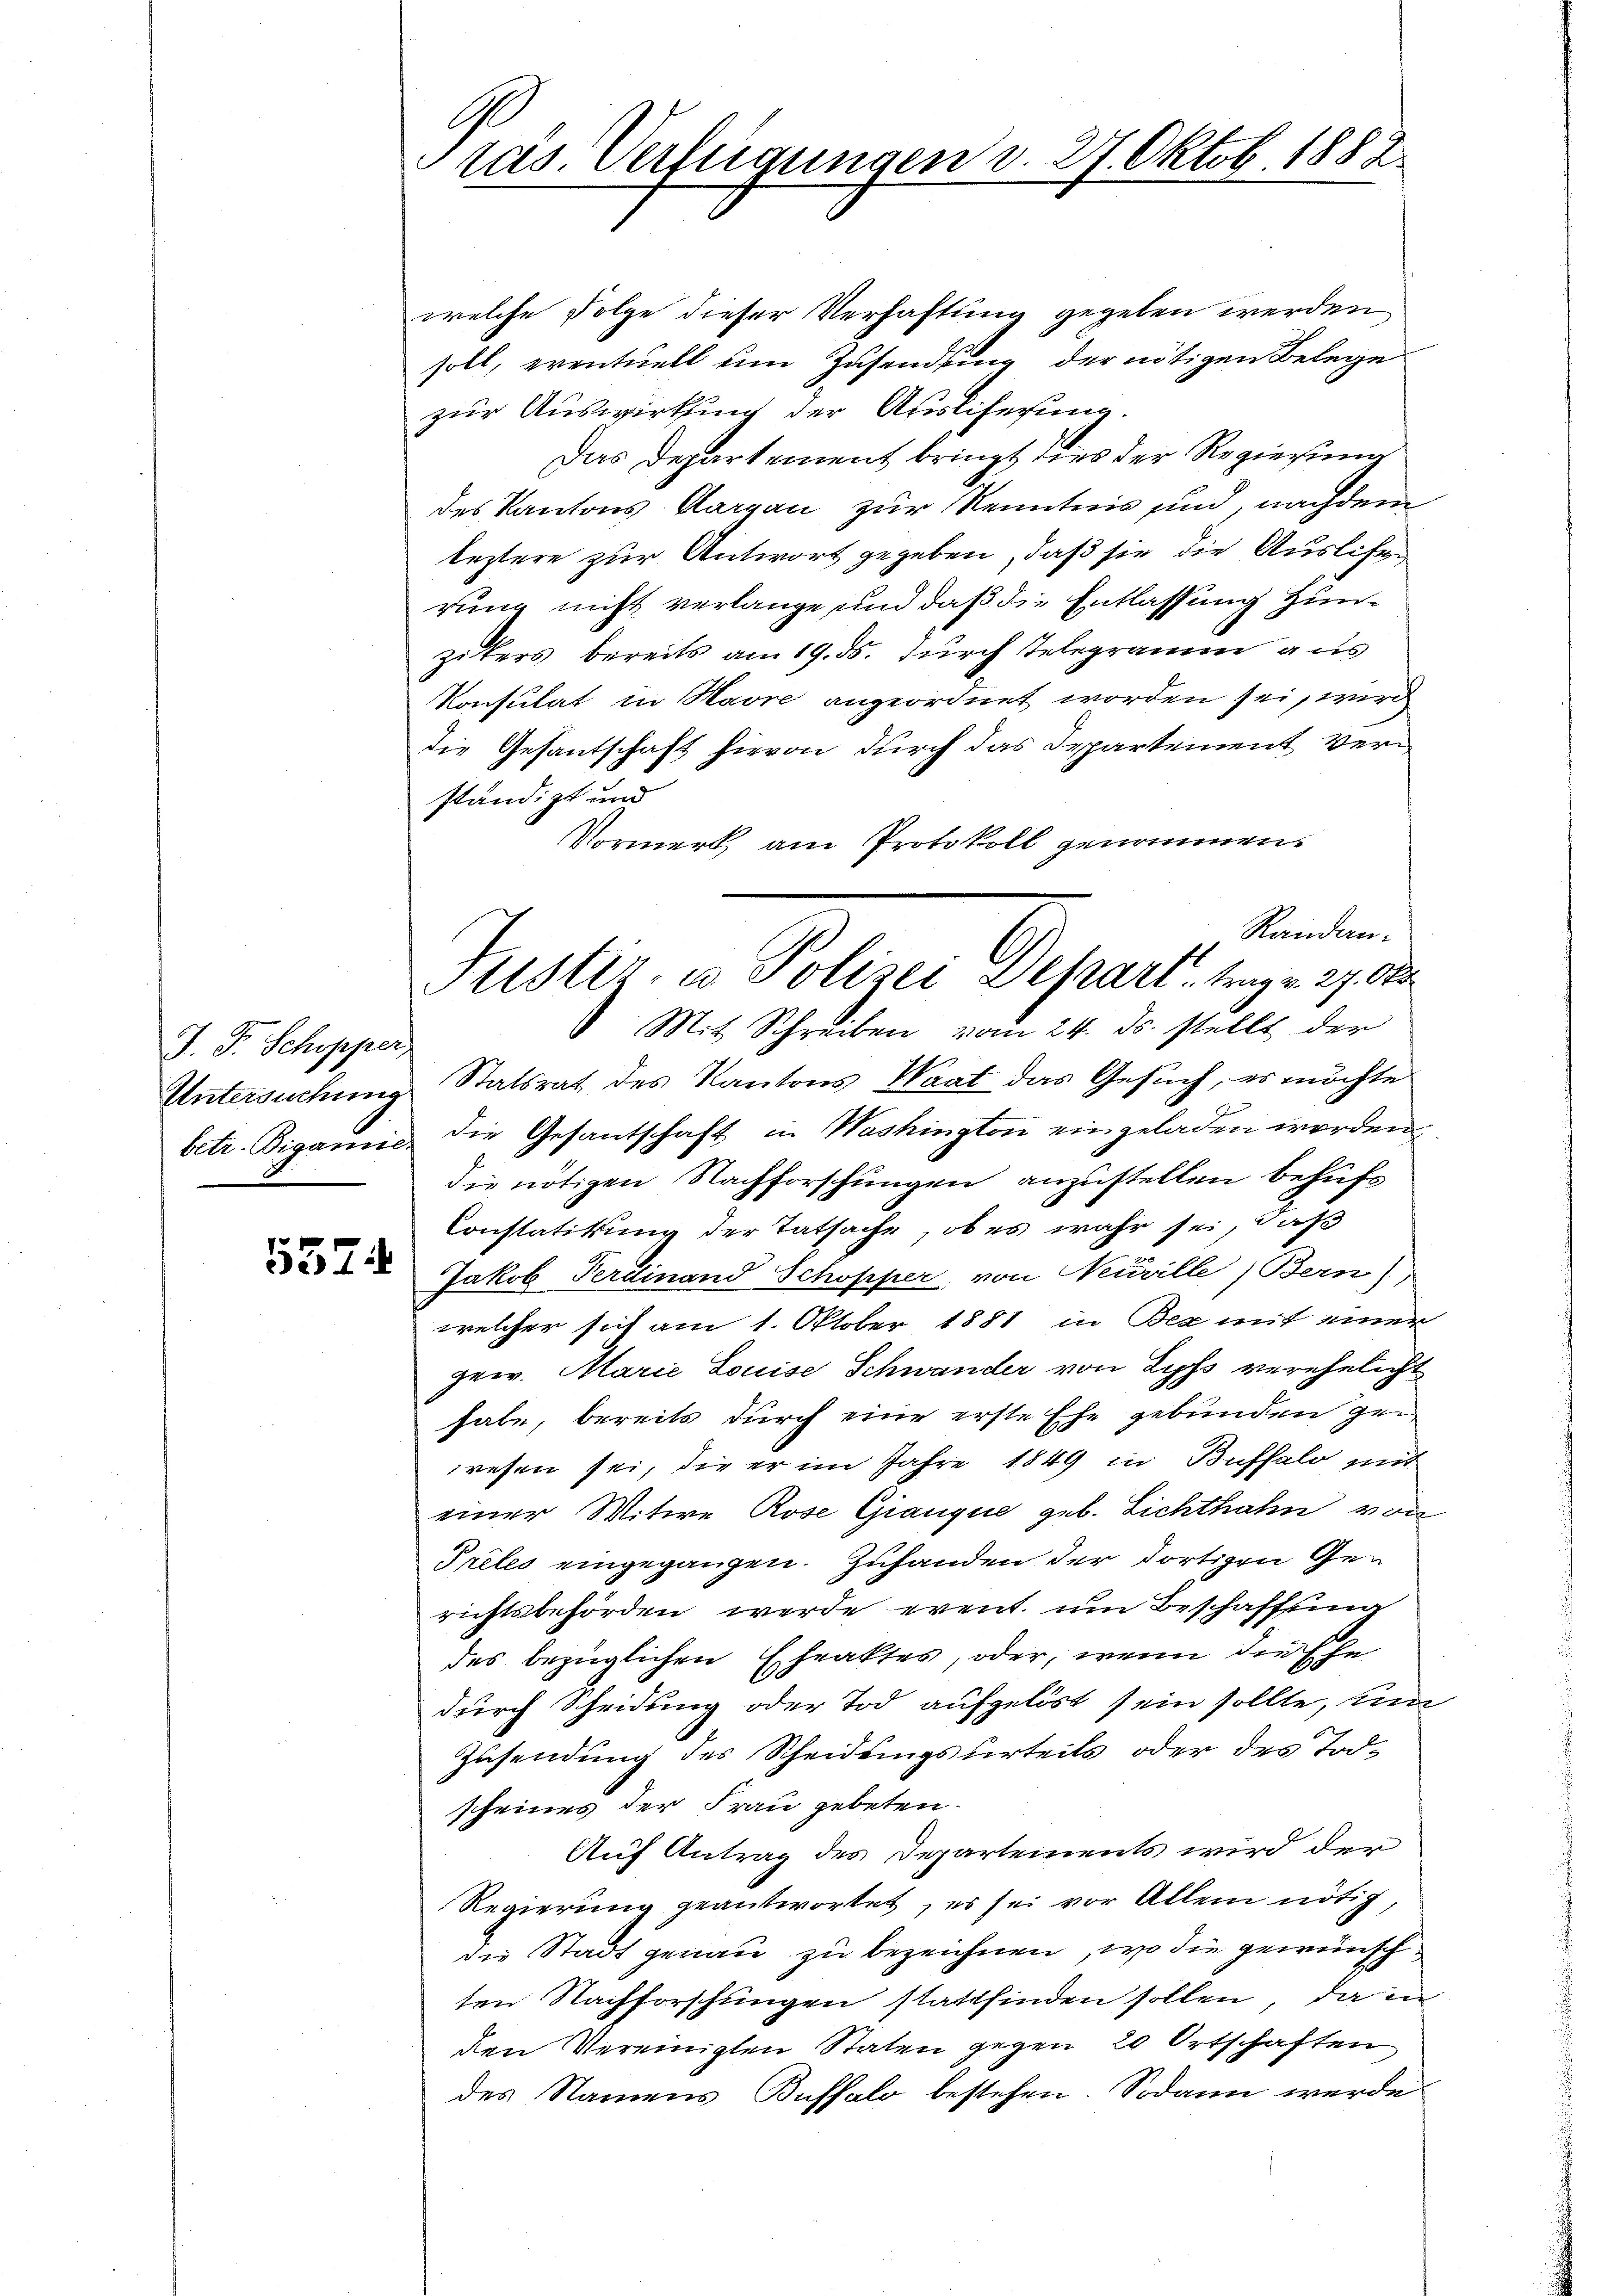
J. F. Schupper
Untersuchung
betr. Biganne

5574

.
ras. Verfügungen v. 27. Oktob. 1882.

welche Folge dieser Verhaftung gegeben werden,
soll, eventuell um Zusendung der nötigen Belege
zur Auswirkung der Ausliferung.
Das Departement bringt dies der Regierung
des Kantons Aargau zur Kenntnis sind, nachdem
leztere zur Antwort gegeben, daß sie die Auslierung nicht verlange und daß die Entlassung Hunzikers bereits am 19. ds. durch Telegramm aus
Konsulat in Havre angeordnet worden sei, wird
die Gesantschaft hievon durch das Departement verständigt und
Vormerk am Protokoll genommen.
Mit Schreiben vom 24. ds. stellt der
Statsrat des Kantons Waat das Gesuch, es möchte
die Gesantschaft in Washington eingeladen werden.
die nötigen Nachforschungen anzustellen behufs
Constatikung der Tatsache, ob es wahr sei, daß
Jakob Ferdinand Schopper, von Neuville, Bern)
welcher sich am 1. Oktober 1881 in Bex mit einer
gew. Marie Louise Schwander von Lyss verehelicht
habe, bereits durch eine erste Ehe gebunden gewesen sei, die er im Jahre 1849 in Buffalo mit
einer Witwe Rose Granque geb. Lichthahn vom
Priles eingegangen. Zuhanden der dortigen Gerichtsbehörden werde event. um Beschaffung
des bezüglichen Eheaktes, oder, wenn die Ehe
durch Scheidung oder Tod aufgelöst sein sollte, un
Zusendung des Scheidungsurteils oder des Todscheines der Frau gebeten.
Auf Antrag des Departements wird der
Regierung geantwortet, es sei vor Allem nötig,
die Stadt genau zu bezeichnen, wo die gewünsch
ten Nachforschungen stattfinden sollen, da in
den Vereinigten Staten gegen 20 Ortschaften
des Namens Buffalo bestehen. Sodann werde

Randan¬
Justiz- u Polizei Depart, trag v. 27. Okt